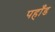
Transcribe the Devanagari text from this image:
पहाँड